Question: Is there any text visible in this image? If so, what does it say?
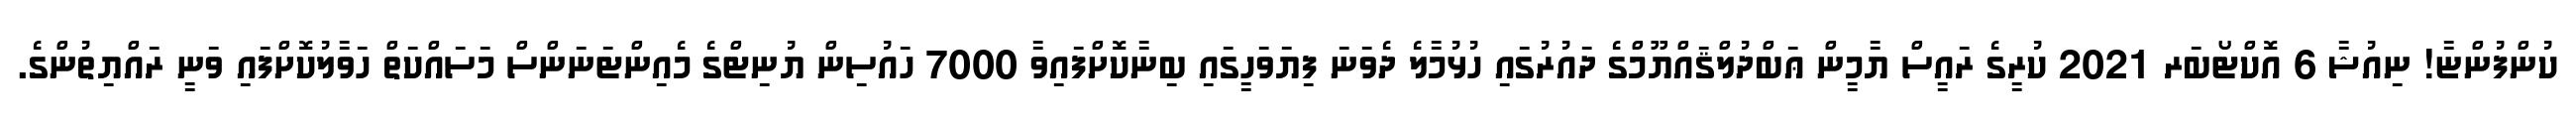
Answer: ކުންފުންޏާ! ނިއުޝާ 6 އޮކްޓޯބަރ 2021 ކުރީގެ ރައީސް ޔާމީން ޢަބްދުލްޤައްޔޫމްގެ ދައުރުގައި ހުޅުމާލެ ދެވަނަ ފިޔަވަހީގައި ބިނާކޮށްފައިވާ 7000 ހައުސިން ޔުނިޓްގެ މެއިންޓަނަންސް މަސައްކަތް ހަވާލުކޮށްފައި ވަނީ ރައްޔިތުންގެ.